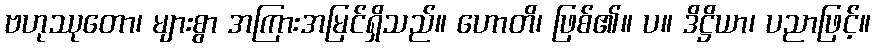
ဗဟုဿုတော၊ များစွာ အကြားအမြင်ရှိသည်။ ဟောတိ၊ ဖြစ်၏။ ပ။ ဒိဋ္ဌိယာ၊ ပညာဖြင့်။